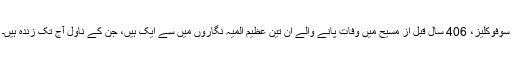
سوفوکلیز، 406 سال قبلِ از مسیح میں وفات پانے والے اُن تین عظیم المیہ نگاروں میں سے ایک ہیں، جن کے ناول آج تک زندہ ہیں۔